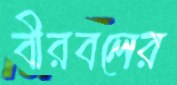
বীরবলের